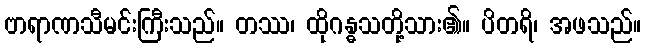
ဗာရာဏသီမင်းကြီးသည်။ တဿ၊ ထိုဂန္ဓသတို့သား၏။ ပိတရိ၊ အဖသည်။